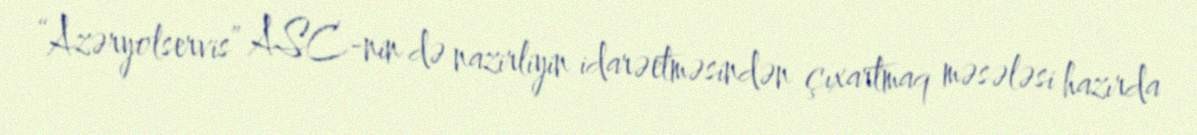
“Azəryolservis” ASC-nin də nazirliyin idarəetməsindən çıxartmaq məsələsi hazırda